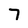
Character: 7